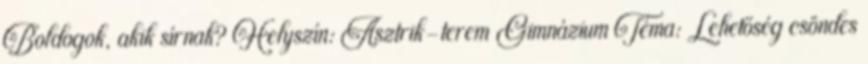
Boldogok, akik sírnak? Helyszín: Asztrik-terem Gimnázium Téma: Lehetőség csöndes